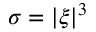
\sigma = | \boldsymbol { \xi } | ^ { 3 }